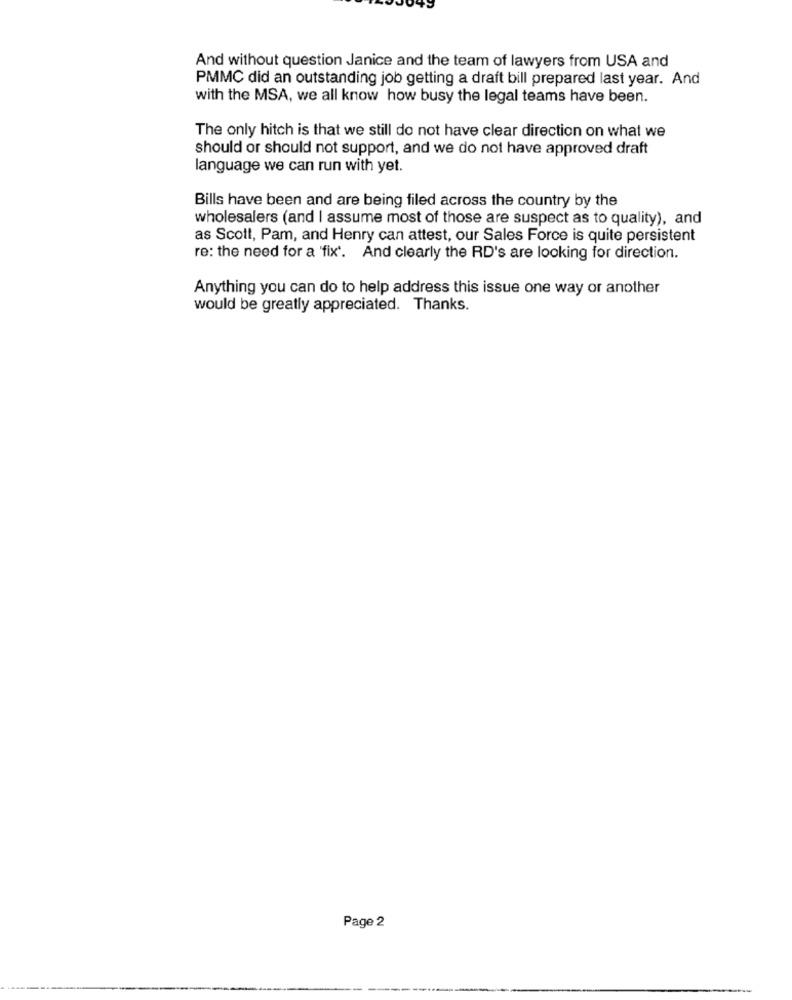
And without question Janice and the team of lawyers from USA and
PMMC did an outstanding job getting a draft bill prepared last year. And
with the MSA, we all know how busy the legal teams have been.
The only hitch is that we still do not have clear direction on what we
should or should not support, and we do not have approved draft
language we can run with yet.
Bills have been and are being filed across the country by the
wholesalers (and I assume most of those are suspect as to quality), and
as Scott, Pam, and Henry can attest, our Sales Force is quite persistent
re: the need for a 'fix'. And clearly the RD's are looking for direction.
Anything you can do to help address this issue one way or another
would be greatly appreciated. Thanks.
Page 2